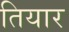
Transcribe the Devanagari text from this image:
तियार